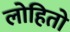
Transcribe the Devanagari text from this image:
लोहितो